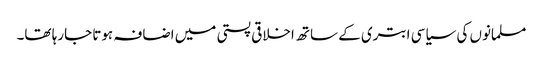
مسلمانوں کی سیاسی ابتری کے ساتھ اخلاقی پستی میں اضافہ ہوتا جارہا تھا۔